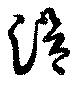
滑